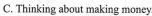
C.Thinking about making money.